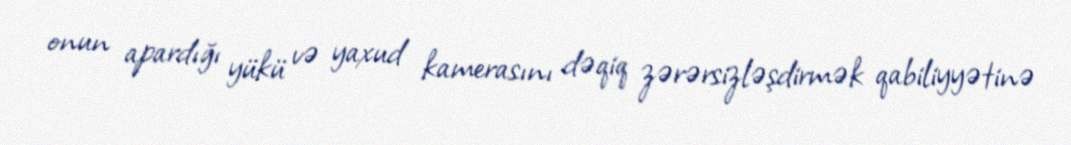
onun apardığı yükü və yaxud kamerasını dəqiq zərərsizləşdirmək qabiliyyətinə